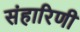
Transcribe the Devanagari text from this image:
संहारिणी